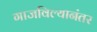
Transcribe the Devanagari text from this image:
गाजविल्यानंतर